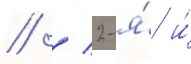
// / 2-я́ и́